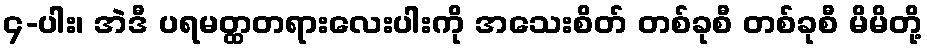
၄-ပါး၊ အဲဒီ ပရမတ္ထတရားလေးပါးကို အသေးစိတ် တစ်ခုစီ တစ်ခုစီ မိမိတို့